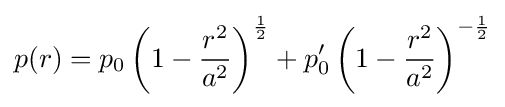
p(r)=p_{0}\left(1-{\frac {r^{2}}{a^{2}}}\right)^{\frac {1}{2}}+p_{0}'\left(1-{\frac {r^{2}}{a^{2}}}\right)^{-{\frac {1}{2}}}